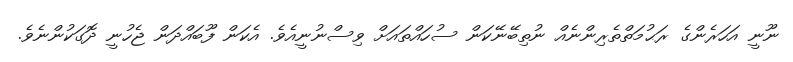
ނޫނީ އަހަރެންގެ ރަޙުމަތްތެރިންނެއް ނުތިބޭނޭކަން ސުހައްތައަށް ވިސްނުނީއެވެ. އެކަން ފޫބައްދަން ޖެހުނީ ދޮގަކުންނެވެ.